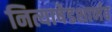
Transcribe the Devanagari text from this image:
नित्याषेडशार्णव